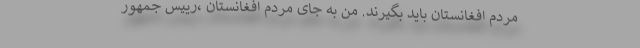
مردم افغانستان باید بگیرند. من به جای مردم افغانستان ،رییس جمهور